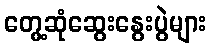
တွေ့ဆုံဆွေးနွေးပွဲများ